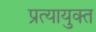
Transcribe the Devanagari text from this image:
प्रत्यायुक्त